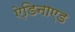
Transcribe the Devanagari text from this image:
ऐडिनाएड